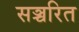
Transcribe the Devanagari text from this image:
सञ्चरित